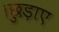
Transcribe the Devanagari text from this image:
।छुड़ाए